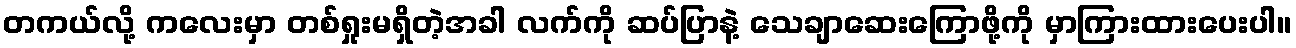
တကယ်လို့ ကလေးမှာ တစ်ရှုးမရှိတဲ့အခါ လက်ကို ဆပ်ပြာနဲ့ သေချာဆေးကြောဖို့ကို မှာကြားထားပေးပါ။